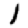
Digit: 1